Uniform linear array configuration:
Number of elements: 12
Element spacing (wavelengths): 0.5
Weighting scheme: kaiser
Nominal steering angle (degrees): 30
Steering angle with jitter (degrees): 30.086
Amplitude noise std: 0.05
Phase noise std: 0.05

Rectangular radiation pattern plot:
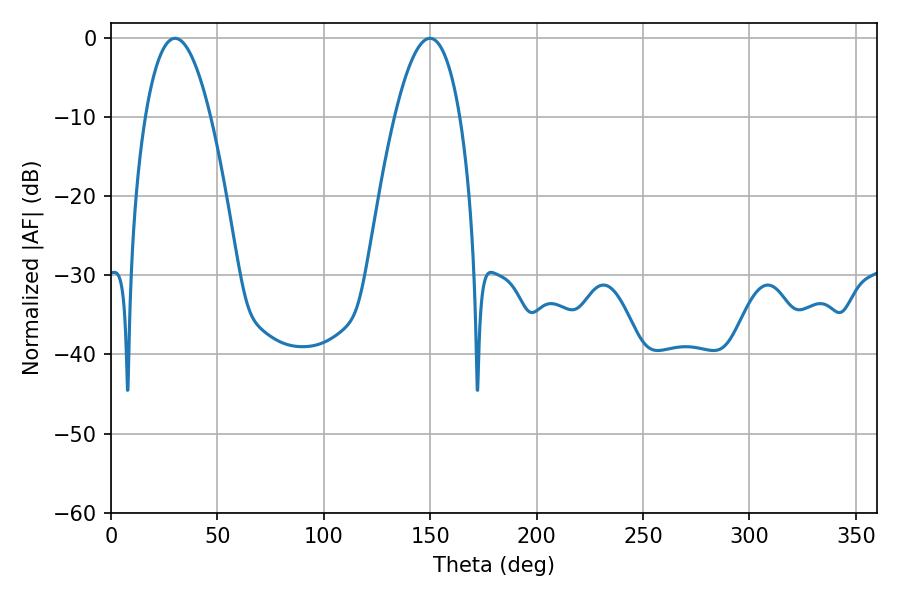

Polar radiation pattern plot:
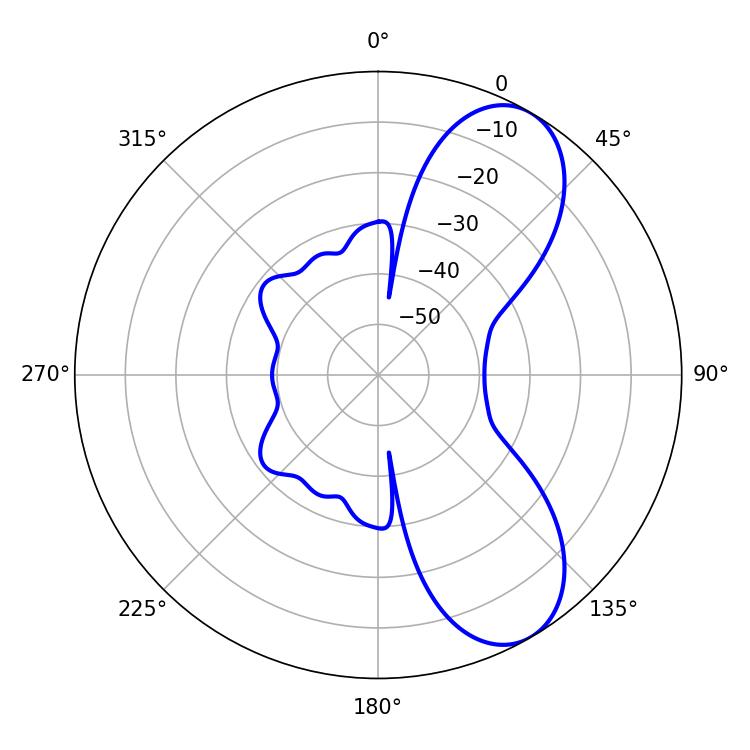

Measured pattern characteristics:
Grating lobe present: FALSE
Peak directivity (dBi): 7.932
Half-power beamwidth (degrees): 16.92
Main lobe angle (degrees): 30.06